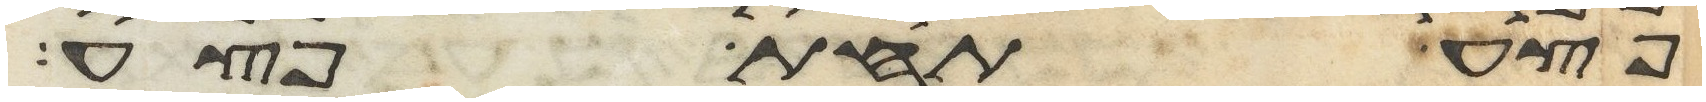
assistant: פצע תחת פצע